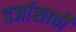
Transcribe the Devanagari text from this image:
दर्जासाठी